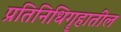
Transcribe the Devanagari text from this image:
प्रतिनिधिगॄहातील